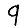
Digit: 9